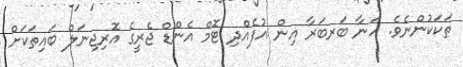
ތަކަކުންނެވެ. ހަނާ ބަރބަރާ އިން އުފެއްދި ޓޮމް އެންޑް ޖެރީގެ އޮރިޖިނަލް ބައިތަކަށް